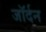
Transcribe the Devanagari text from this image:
जॉर्दन